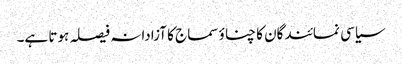
سیاسی نمائندگان کا چناؤ سماج کا آزادانہ فیصلہ ہوتا ہے۔